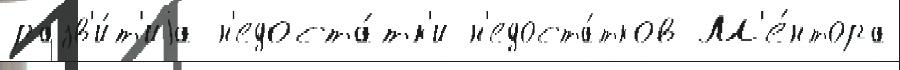
разв'и́т'иjа н'едоста́тк'и н'едоста́тков М'е́нтора